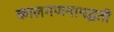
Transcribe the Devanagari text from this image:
कालगणनापद्धती